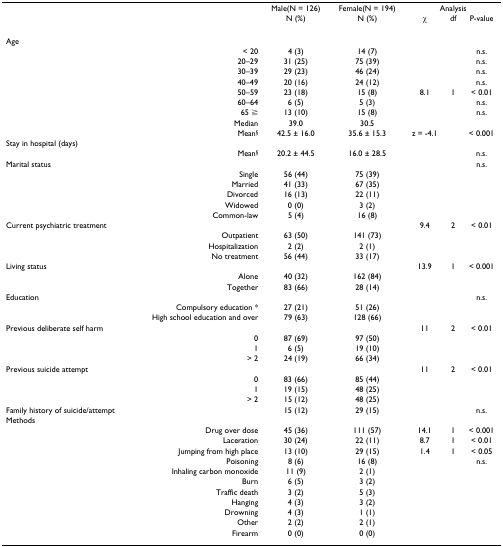
<table><thead><tr><td></td><td></td><td><b>Male(N = 126)</b></td><td><b>Female(N = 194)</b></td><td colspan="3"><b>Analysis</b></td></tr><tr><td></td><td></td><td><b>N (%)</b></td><td><b>N (%)</b></td><td><b>χ</b></td><td><b>df</b></td><td><b>P-value</b></td></tr></thead><tbody><tr><td>Age</td><td></td><td></td><td></td><td></td><td></td><td></td></tr><tr><td></td><td>&lt; 20</td><td>4 (3)</td><td>14 (7)</td><td></td><td></td><td>n.s.</td></tr><tr><td></td><td>20–29</td><td>31 (25)</td><td>75 (39)</td><td></td><td></td><td>n.s.</td></tr><tr><td></td><td>30–39</td><td>29 (23)</td><td>46 (24)</td><td></td><td></td><td>n.s.</td></tr><tr><td></td><td>40–49</td><td>20 (16)</td><td>24 (12)</td><td></td><td></td><td>n.s.</td></tr><tr><td></td><td>50–59</td><td>23 (18)</td><td>15 (8)</td><td>8.1</td><td>1</td><td>&lt; 0.01</td></tr><tr><td></td><td>60–64</td><td>6 (5)</td><td>5 (3)</td><td></td><td></td><td>n.s.</td></tr><tr><td></td><td>65 ≧</td><td>13 (10)</td><td>15 (8)</td><td></td><td></td><td>n.s.</td></tr><tr><td></td><td>Median</td><td>39.0</td><td>30.5</td><td></td><td></td><td></td></tr><tr><td></td><td>Mean<sup>§</sup></td><td>42.5 ± 16.0</td><td>35.6 ± 15.3</td><td>z = -4.1</td><td></td><td>&lt; 0.001</td></tr><tr><td>Stay in hospital (days)</td><td></td><td></td><td></td><td></td><td></td><td></td></tr><tr><td></td><td>Mean<sup>§</sup></td><td>20.2 ± 44.5</td><td>16.0 ± 28.5</td><td></td><td></td><td>n.s.</td></tr><tr><td>Marital status</td><td></td><td></td><td></td><td></td><td></td><td>n.s.</td></tr><tr><td></td><td>Single</td><td>56 (44)</td><td>75 (39)</td><td></td><td></td><td></td></tr><tr><td></td><td>Married</td><td>41 (33)</td><td>67 (35)</td><td></td><td></td><td></td></tr><tr><td></td><td>Divorced</td><td>16 (13)</td><td>22 (11)</td><td></td><td></td><td></td></tr><tr><td></td><td>Widowed</td><td>0 (0)</td><td>3 (2)</td><td></td><td></td><td></td></tr><tr><td></td><td>Common-law</td><td>5 (4)</td><td>16 (8)</td><td></td><td></td><td></td></tr><tr><td>Current psychiatric treatment</td><td></td><td></td><td></td><td>9.4</td><td>2</td><td>&lt; 0.01</td></tr><tr><td></td><td>Outpatient</td><td>63 (50)</td><td>141 (73)</td><td></td><td></td><td></td></tr><tr><td></td><td>Hospitalization</td><td>2 (2)</td><td>2 (1)</td><td></td><td></td><td></td></tr><tr><td></td><td>No treatment</td><td>56 (44)</td><td>33 (17)</td><td></td><td></td><td></td></tr><tr><td>Living status</td><td></td><td></td><td></td><td>13.9</td><td>1</td><td>&lt; 0.001</td></tr><tr><td></td><td>Alone</td><td>40 (32)</td><td>162 (84)</td><td></td><td></td><td></td></tr><tr><td></td><td>Together</td><td>83 (66)</td><td>28 (14)</td><td></td><td></td><td></td></tr><tr><td>Education</td><td></td><td></td><td></td><td></td><td></td><td>n.s.</td></tr><tr><td></td><td>Compulsory education *</td><td>27 (21)</td><td>51 (26)</td><td></td><td></td><td></td></tr><tr><td></td><td>High school education and over</td><td>79 (63)</td><td>128 (66)</td><td></td><td></td><td></td></tr><tr><td>Previous deliberate self harm</td><td></td><td></td><td></td><td>11</td><td>2</td><td>&lt; 0.01</td></tr><tr><td></td><td>0</td><td>87 (69)</td><td>97 (50)</td><td></td><td></td><td></td></tr><tr><td></td><td>1</td><td>6 (5)</td><td>19 (10)</td><td></td><td></td><td></td></tr><tr><td></td><td>&gt; 2</td><td>24 (19)</td><td>66 (34)</td><td></td><td></td><td></td></tr><tr><td>Previous suicide attempt</td><td></td><td></td><td></td><td>11</td><td>2</td><td>&lt; 0.01</td></tr><tr><td></td><td>0</td><td>83 (66)</td><td>85 (44)</td><td></td><td></td><td></td></tr><tr><td></td><td>1</td><td>19 (15)</td><td>48 (25)</td><td></td><td></td><td></td></tr><tr><td></td><td>&gt; 2</td><td>15 (12)</td><td>48 (25)</td><td></td><td></td><td></td></tr><tr><td>Family history of suicide/attempt</td><td></td><td>15 (12)</td><td>29 (15)</td><td></td><td></td><td>n.s.</td></tr><tr><td>Methods</td><td></td><td></td><td></td><td></td><td></td><td></td></tr><tr><td></td><td>Drug over dose</td><td>45 (36)</td><td>111 (57)</td><td>14.1</td><td>1</td><td>&lt; 0.001</td></tr><tr><td></td><td>Laceration</td><td>30 (24)</td><td>22 (11)</td><td>8.7</td><td>1</td><td>&lt; 0.01</td></tr><tr><td></td><td>Jumping from high place</td><td>13 (10)</td><td>29 (15)</td><td>1.4</td><td>1</td><td>&lt; 0.05</td></tr><tr><td></td><td>Poisoning</td><td>8 (6)</td><td>16 (8)</td><td></td><td></td><td>n.s.</td></tr><tr><td></td><td>Inhaling carbon monoxide</td><td>11 (9)</td><td>2 (1)</td><td></td><td></td><td></td></tr><tr><td></td><td>Burn</td><td>6 (5)</td><td>3 (2)</td><td></td><td></td><td></td></tr><tr><td></td><td>Traffic death</td><td>3 (2)</td><td>5 (3)</td><td></td><td></td><td></td></tr><tr><td></td><td>Hanging</td><td>4 (3)</td><td>3 (2)</td><td></td><td></td><td></td></tr><tr><td></td><td>Drowning</td><td>4 (3)</td><td>1 (1)</td><td></td><td></td><td></td></tr><tr><td></td><td>Other</td><td>2 (2)</td><td>2 (1)</td><td></td><td></td><td></td></tr><tr><td></td><td>Firearm</td><td>0 (0)</td><td>0 (0)</td><td></td><td></td><td></td></tr></tbody></table>